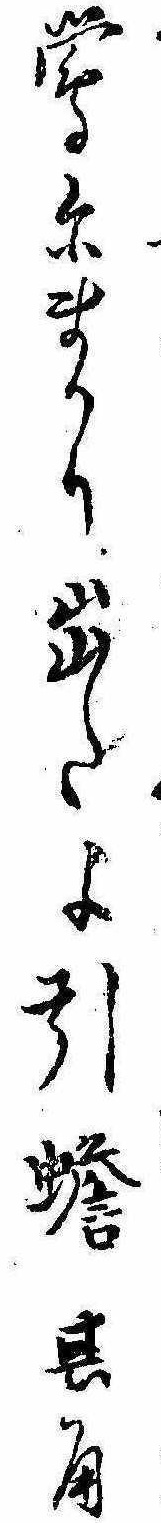
鴬にまかり出たよ引蟾其角